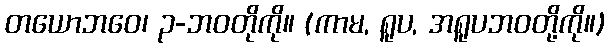
တယောဘဝေ၊ ၃-ဘဝတိုကို။ (ကာမ, ရူပ, အရူပဘဝတို့ကို။)